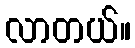
လာတယ်။